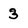
Character: 3